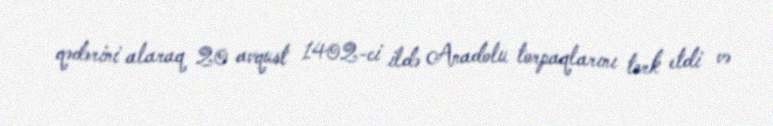
qədərini alaraq 20 avqust 1402-ci ildə Anadolu torpaqlarını tərk etdi və